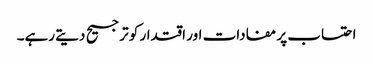
احتساب پر مفادات اور اقتدار کو ترجیح دیتے رہے۔